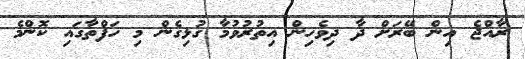
ރާއްޖެ އިން ބޭރަށް ދާ ދިވެހިން އިތުރުވުމާ ގުޅިގެން މި ހަފްތާގައި ކޮންމެ